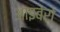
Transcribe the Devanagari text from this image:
आइबेरो